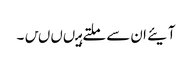
آیئے ان سے ملتے ہیںںںں۔